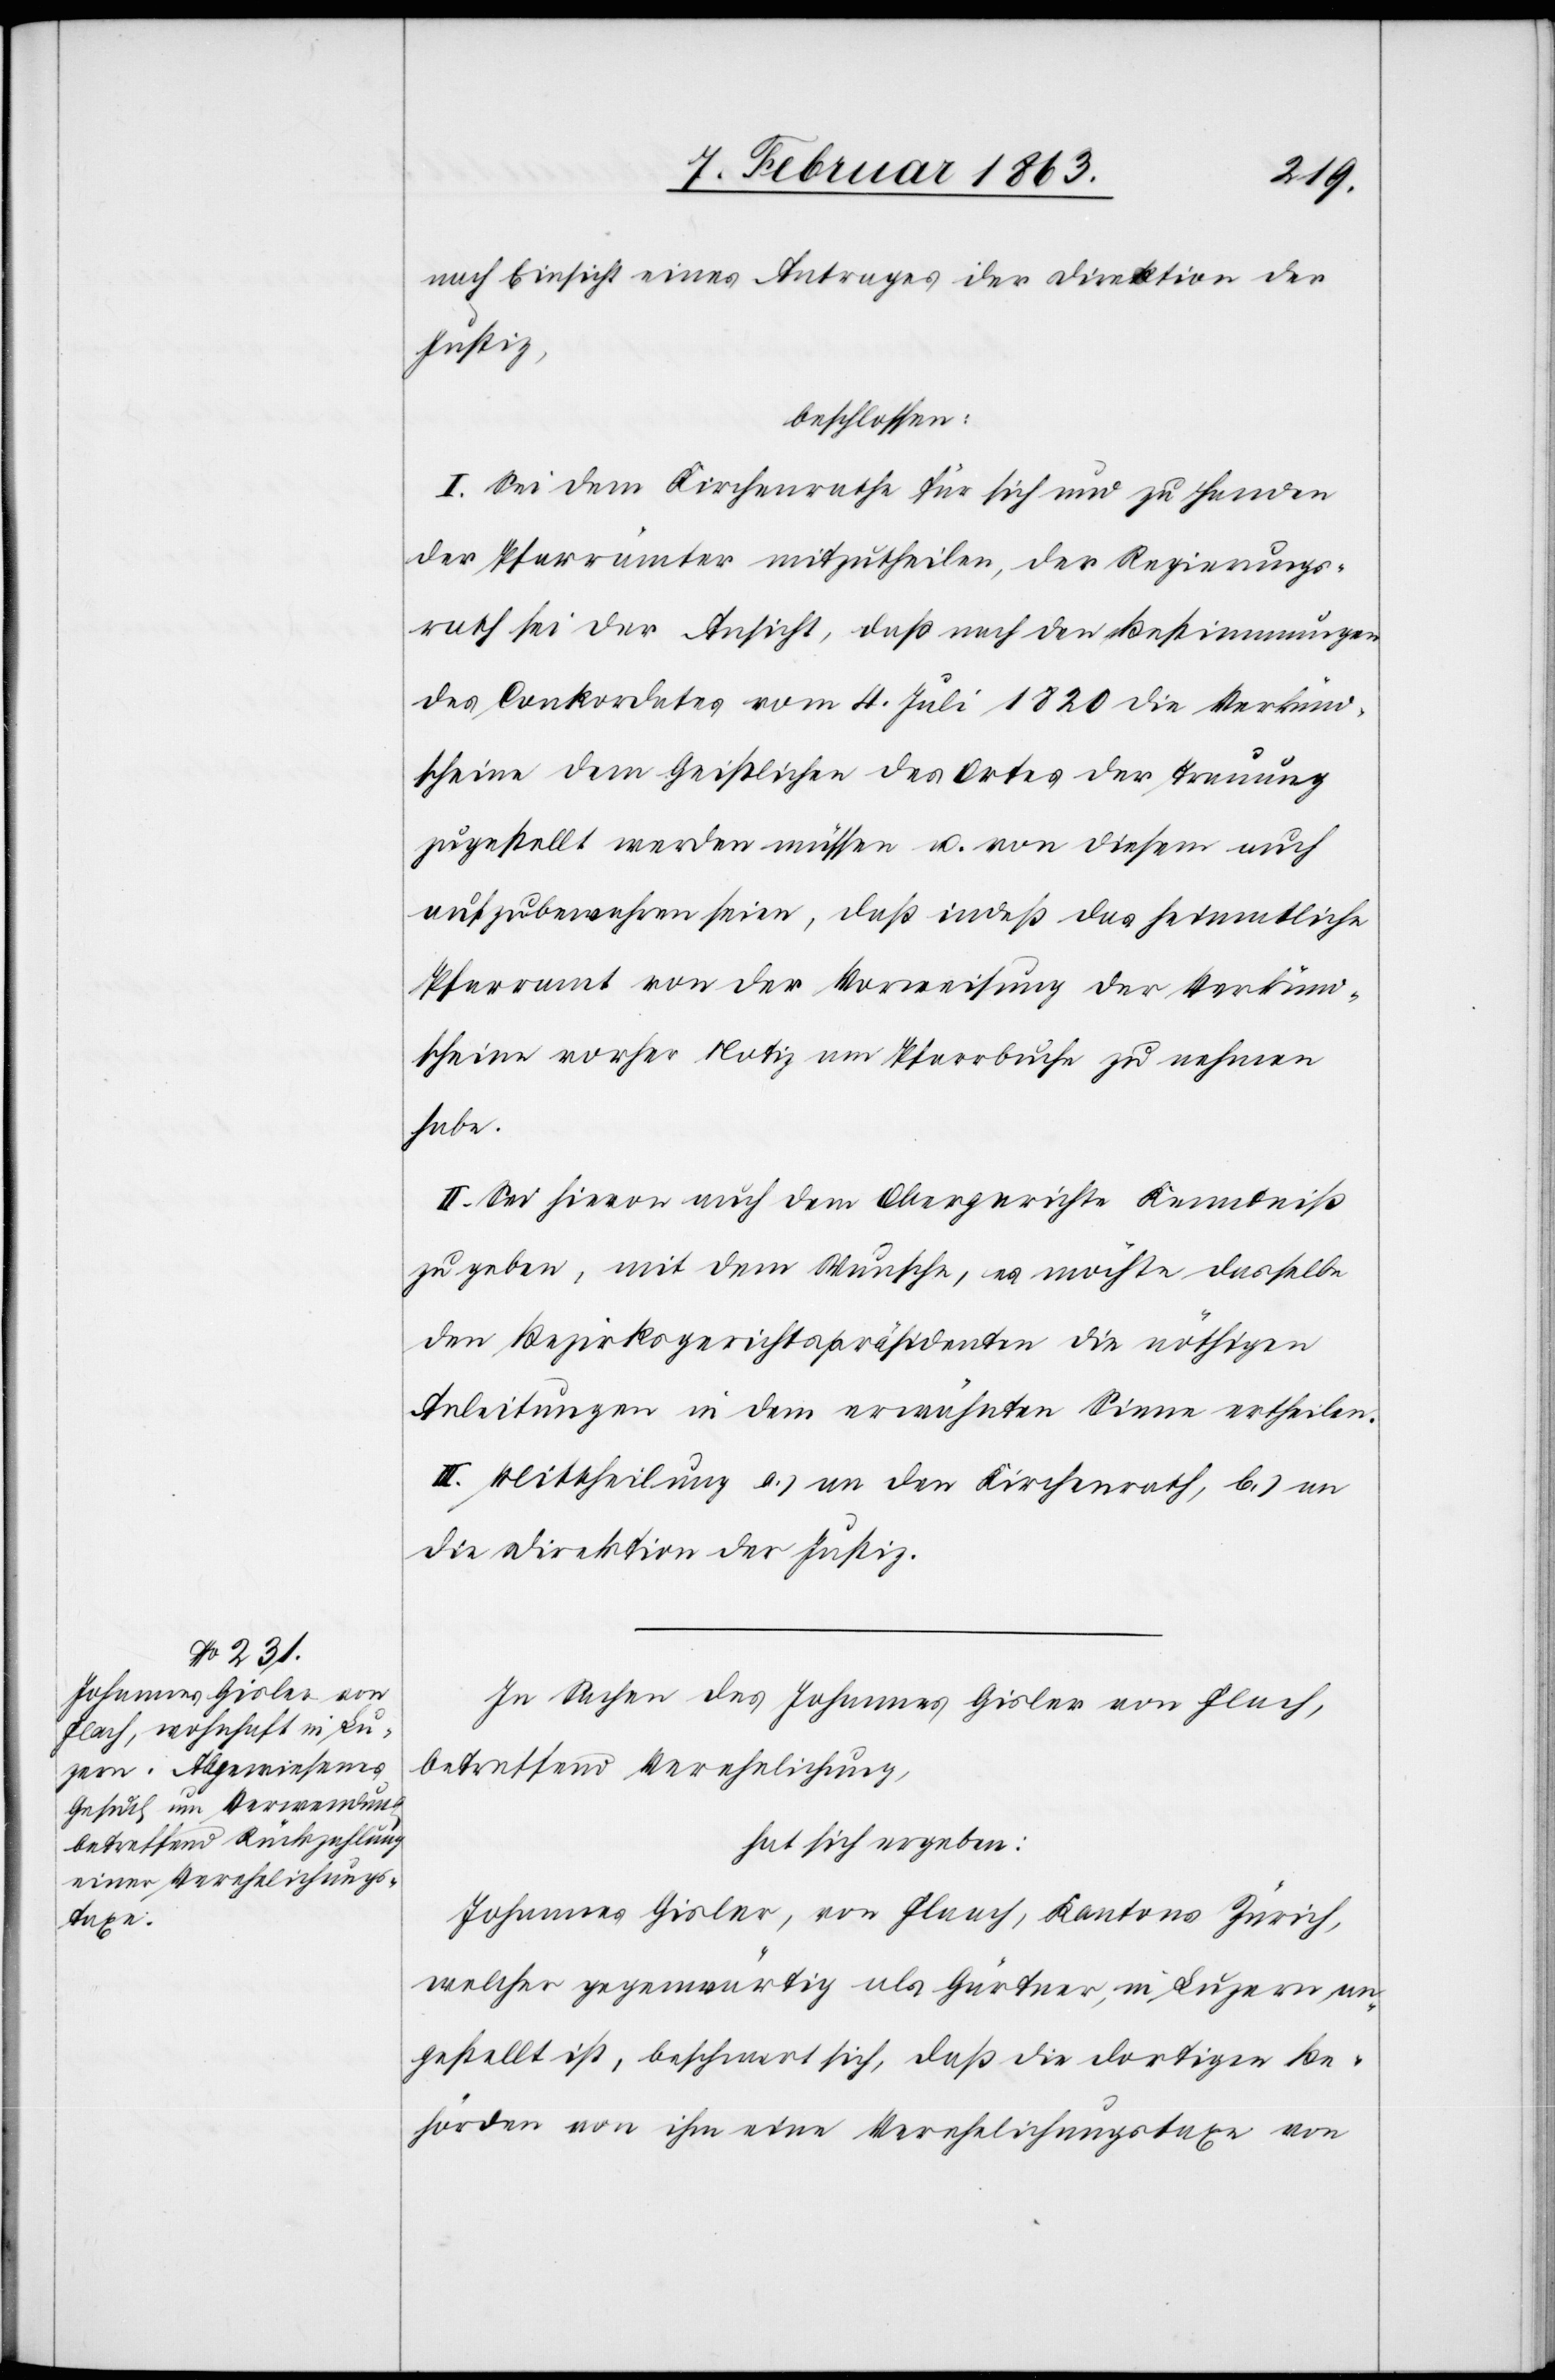
nach Einsicht eines Antrages der Direktion der
Justiz,
beschlossen:
I. Sei dem Kirchenrathe für sich und zu Handen
der Pfarrämter mitzutheilen, der Regierungs¬
rath sei der Ansicht, daß nach den Bestimmungen
des Conkordates vom 4. Juli 1820 die Verkünd¬
scheine dem Geistlichen des Ortes der Trauung
zugestellt werden müssen u. von diesem auch
aufzubewahren seien, daß indeß das heimatliche
Pfarramt von der Vorweisung der Verkünd¬
scheine vorher Notiz am Pfarrbuche zu nehmen
habe.
II. Sei hievon auch dem Obergerichte Kenntniß
zu geben, mit dem Wunsche, es möchte dasselbe
den Bezirksgerichtspräsidenten die nöthigen
Anleitungen in dem erwähnten Sinne ertheilen.
III. Mittheilung a.) an den Kirchenrath, b.) an
die Direktion der Justiz.
In Sachen des Johannes Gisler von Flach,
betreffend Verehelichung,
hat sich ergeben:
Johannes Gisler, von Flaach [sic!], Kantons Zürich,
welcher gegenwärtig als Gärtner, in Luzern an¬
gestellt ist, beschwert sich, daß die dortigen Be¬
hörden von ihm eine Verehelichungstaxe von